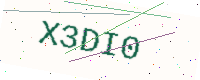
Text: X3DI0